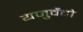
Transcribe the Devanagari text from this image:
यजुर्वेदो